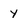
Character: y